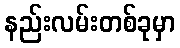
နည်းလမ်းတစ်ခုမှာ